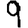
Digit: 9